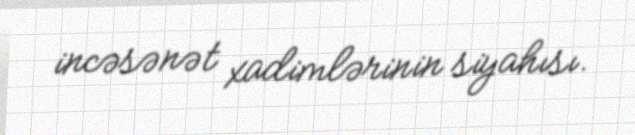
incəsənət xadimlərinin siyahısı.